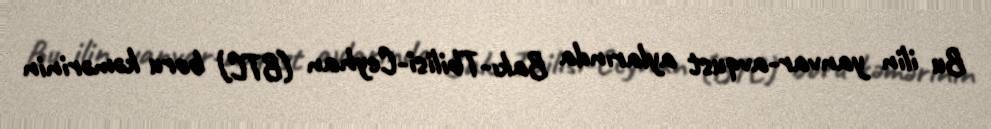
Bu ilin yanvar-avqust aylarında Bakı-Tbilisi-Ceyhan (BTC) boru kəmərinin